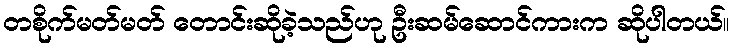
တစိုက်မတ်မတ် တောင်းဆိုခဲ့သည်ဟု ဦးဆမ်ဆောင်ကားက ဆိုပါတယ်။